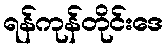
ရန်ကုန်တိုင်းဒေ